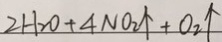
2 H _ { 2 } O + 4 N O _ { 2 } \uparrow + O _ { 2 } \uparrow